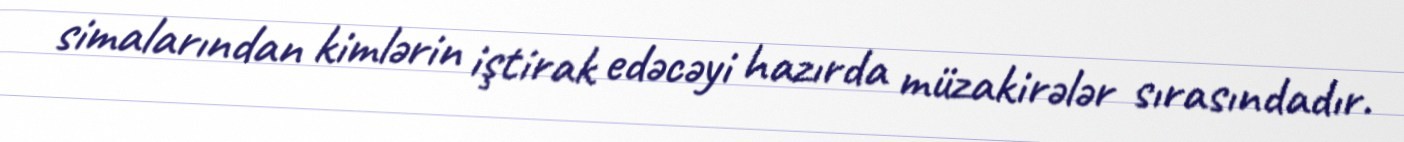
simalarından kimlərin iştirak edəcəyi hazırda müzakirələr sırasındadır.